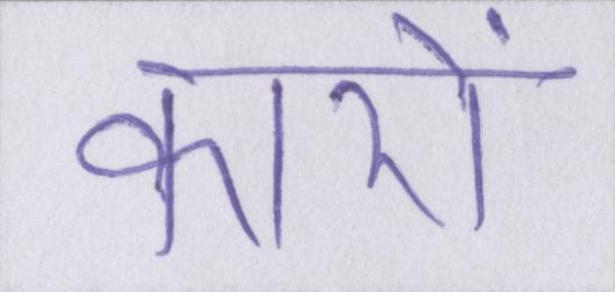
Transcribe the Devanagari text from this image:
कारों